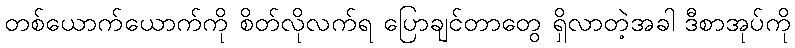
တစ်ယောက်ယောက်ကို စိတ်လိုလက်ရ ပြောချင်တာတွေ ရှိလာတဲ့အခါ ဒီစာအုပ်ကို